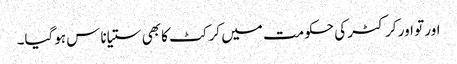
اور تو اور کرکٹر کی حکومت میں کرکٹ کا بھی ستیاناس ہوگیا۔